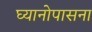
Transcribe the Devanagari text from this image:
घ्यानोपासना